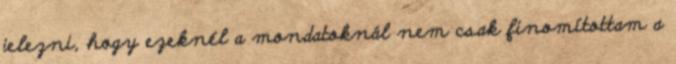
jelezni, hogy ezeknél a mondatoknál nem csak finomítottam a